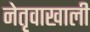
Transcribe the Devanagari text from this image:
नेतृवाखाली